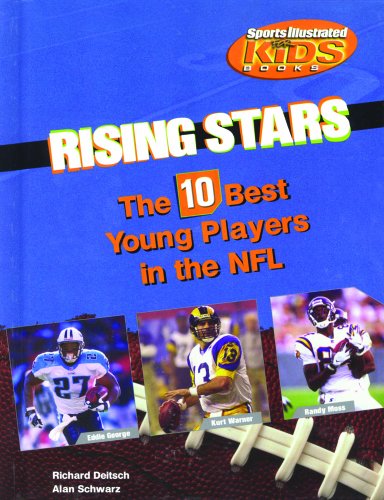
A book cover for Rising Stars: The 10 Best Young Players in the NFL (Library of American Lives and Times Set 3); Richard Dietsch; Teen & Young Adult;